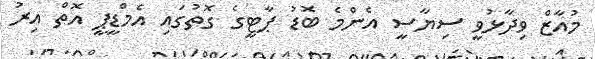
މުއާޒް ވިދާޅުވީ ސިޔާސީ އެންމެ ބޮޑު ޕާޓީގެ ގޮތުގައި އެމްޑީޕީ އޮތް އިރު